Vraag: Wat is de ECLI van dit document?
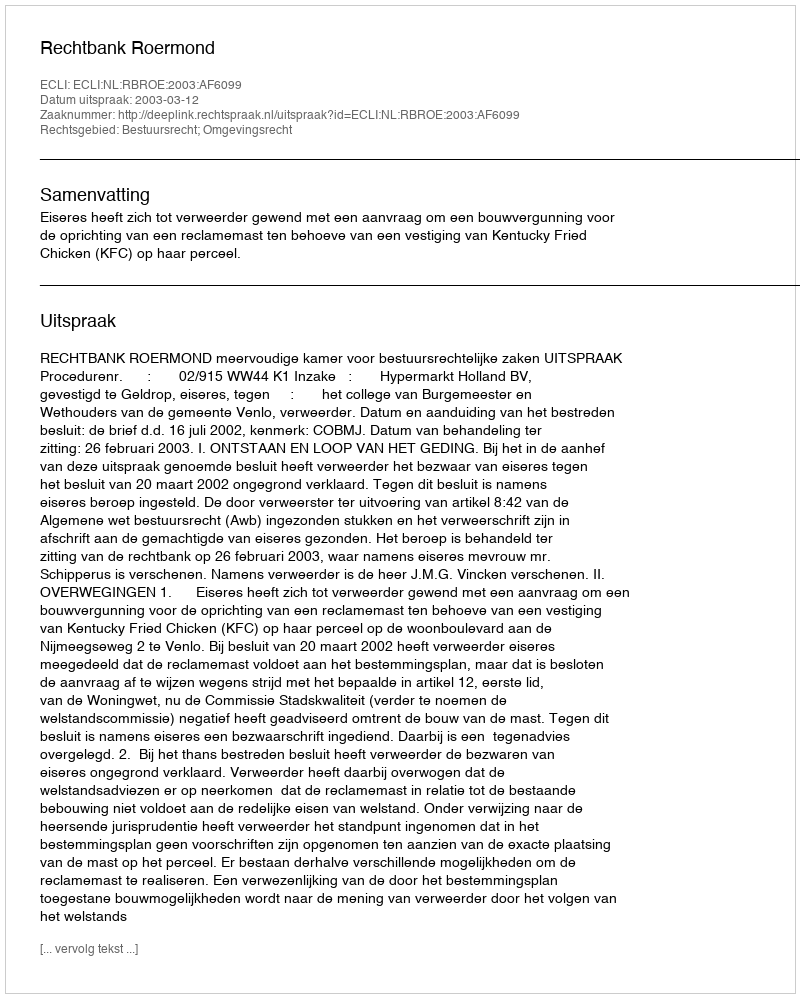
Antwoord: ECLI:NL:RBROE:2003:AF6099